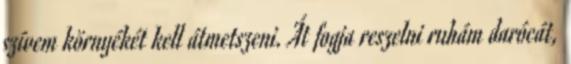
szívem környékét kell átmetszeni. Át fogja reszelni ruhám darócát,